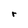
Character: r